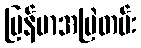
မြန်မာအမြဲတမ်း